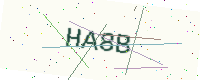
Text: HA8B